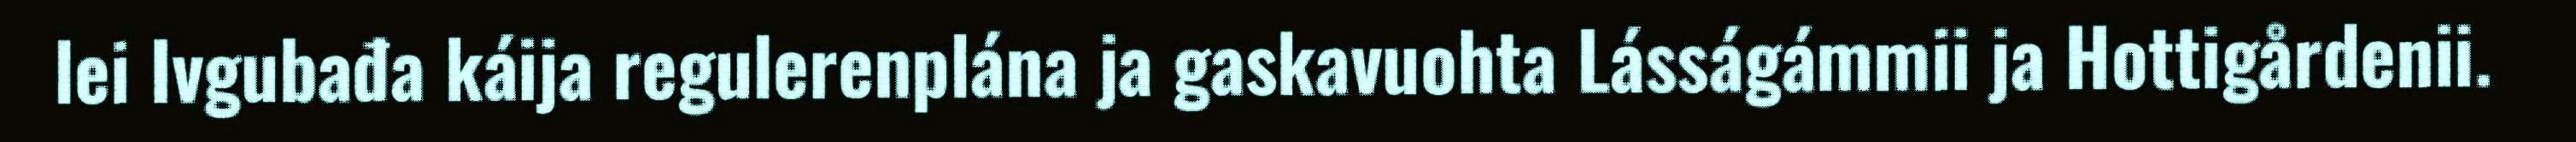
lei Ivgubađa káija regulerenplána ja gaskavuohta Lásságámmii ja Hottigårdenii.